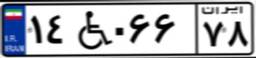
۵۵W۰۴۰۳۰